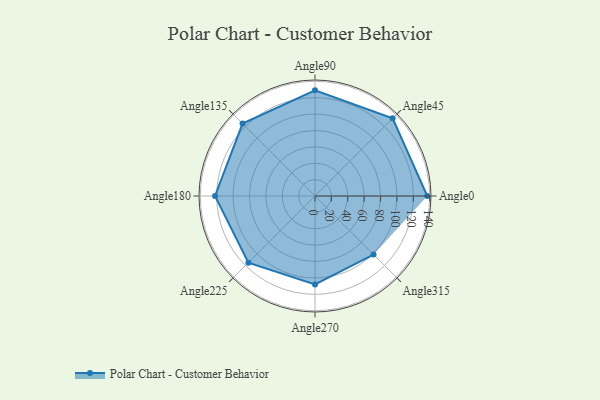
{"axis": {"x": "Angle", "y": "Radius"}, "legend": [""], "data": [{"x": "Angle0", "y": 137.0, "type": ""}, {"x": "Angle45", "y": 134.0, "type": ""}, {"x": "Angle90", "y": 129.0, "type": ""}, {"x": "Angle135", "y": 125.0, "type": ""}, {"x": "Angle180", "y": 122.0, "type": ""}, {"x": "Angle225", "y": 115.0, "type": ""}, {"x": "Angle270", "y": 108.0, "type": ""}, {"x": "Angle315", "y": 101.0, "type": ""}]}